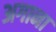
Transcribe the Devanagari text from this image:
अगाना